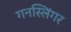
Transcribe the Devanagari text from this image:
गनस्लिंगर